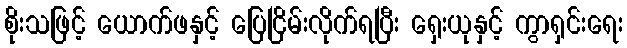
စိုးသဖြင့် ယောက်ဖနှင့် ပြေငြိမ်းလိုက်ရပြီး ရှေးယုနှင့် ကွာရှင်းရေး